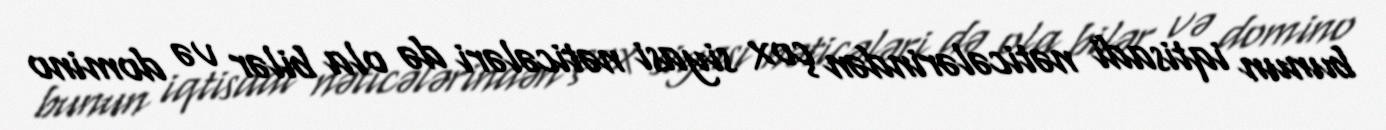
bunun iqtisadi nəticələrindən çox siyasi nəticələri də ola bilər və domino